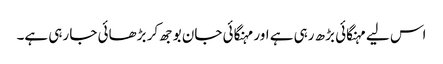
اس لیے مہنگائی بڑھ رہی ہے اور مہنگائی جان بوجھ کر بڑھائی جا رہی ہے۔